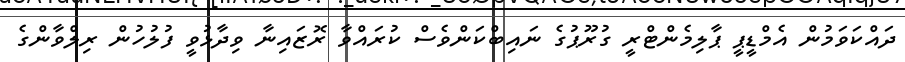
ދައްކަވަމުން އެމްޑީޕީ ޕާލިމެންޓްރީ ގުރޫޕުގެ ނައިބްކަންވެސް ކުރައްވާ ރޮޒައިނާ ވިދާޅުވީ ފުލުހުން ރިލްވާންގެ